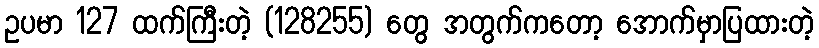
ဥပမာ 127 ထက်ကြီးတဲ့ (128255) တွေ အတွက်ကတော့ အောက်မှာပြထားတဲ့